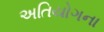
અતિયોગના